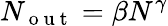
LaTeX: N_{\mathrm{~o~u~t~}}=\beta N^{\gamma}